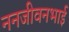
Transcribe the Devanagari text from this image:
ननजीवनभाई